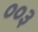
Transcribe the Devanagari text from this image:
००३